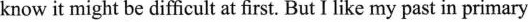
know it might be difficult at first. But I like my past in primary